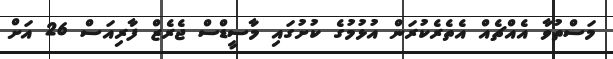
މަސްތުވާ އެއްޗެއް އެތެރެކުރަން އުޅުމުގެ ކުށުގައި މާސީޑްސް ޖެރެޒް ފާރިއަސް 26 އަށް